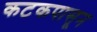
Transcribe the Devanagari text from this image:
कटकपासून